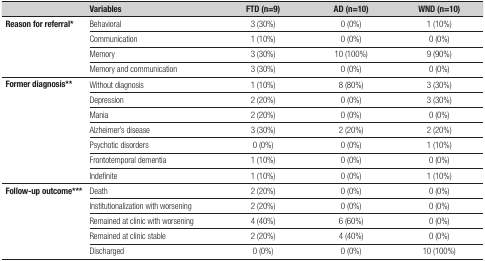
<table><thead><tr><td><b> </b></td><td><b>Variables</b></td><td><b>FTD (n=9)</b></td><td><b>AD (n=10)</b></td><td><b>WND (n=10)</b></td></tr></thead><tbody><tr><td rowspan="4"><b>Reason for referral*</b></td><td>Behavioral</td><td>3 (30%)</td><td>0 (0%)</td><td>1 (10%)</td></tr><tr><td>Communication</td><td>1 (10%)</td><td>0 (0%)</td><td>0 (0%)</td></tr><tr><td>Memory</td><td>3 (30%)</td><td>10 (100%)</td><td>9 (90%)</td></tr><tr><td>Memory and communication</td><td>3 (30%)</td><td>0 (0%)</td><td>0 (0%)</td></tr><tr><td rowspan="7"><b>Former diagnosis**</b></td><td>Without diagnosis</td><td>1 (10%)</td><td>8 (80%)</td><td>3 (30%)</td></tr><tr><td>Depression</td><td>2 (20%)</td><td>0 (0%)</td><td>3 (30%)</td></tr><tr><td>Mania</td><td>2 (20%)</td><td>0 (0%)</td><td>0 (0%)</td></tr><tr><td>Alzheimer&#x27;s disease</td><td>3 (30%)</td><td>2 (20%)</td><td>2 (20%)</td></tr><tr><td>Psychotic disorders</td><td>0 (0%)</td><td>0 (0%)</td><td>1 (10%)</td></tr><tr><td>Frontotemporal dementia</td><td>1 (10%)</td><td>0 (0%)</td><td>0 (0%)</td></tr><tr><td>Indefinite</td><td>1 (10%)</td><td>0 (0%)</td><td>1 (10%)</td></tr><tr><td rowspan="5"><b>Follow-up outcome***</b></td><td>Death</td><td>2 (20%)</td><td>0 (0%)</td><td>0 (0%)</td></tr><tr><td>Institutionalization with worsening</td><td>2 (20%)</td><td>0 (0%)</td><td>0 (0%)</td></tr><tr><td>Remained at clinic with worsening</td><td>4 (40%)</td><td>6 (60%)</td><td>0 (0%)</td></tr><tr><td>Remained at clinic stable</td><td>2 (20%)</td><td>4 (40%)</td><td>0 (0%)</td></tr><tr><td>Discharged</td><td>0 (0%)</td><td>0 (0%)</td><td>10 (100%)</td></tr></tbody></table>